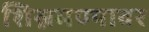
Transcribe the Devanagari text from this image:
शिस्नमण्यावर